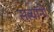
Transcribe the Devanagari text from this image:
सत्यांनी